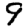
Digit: 9